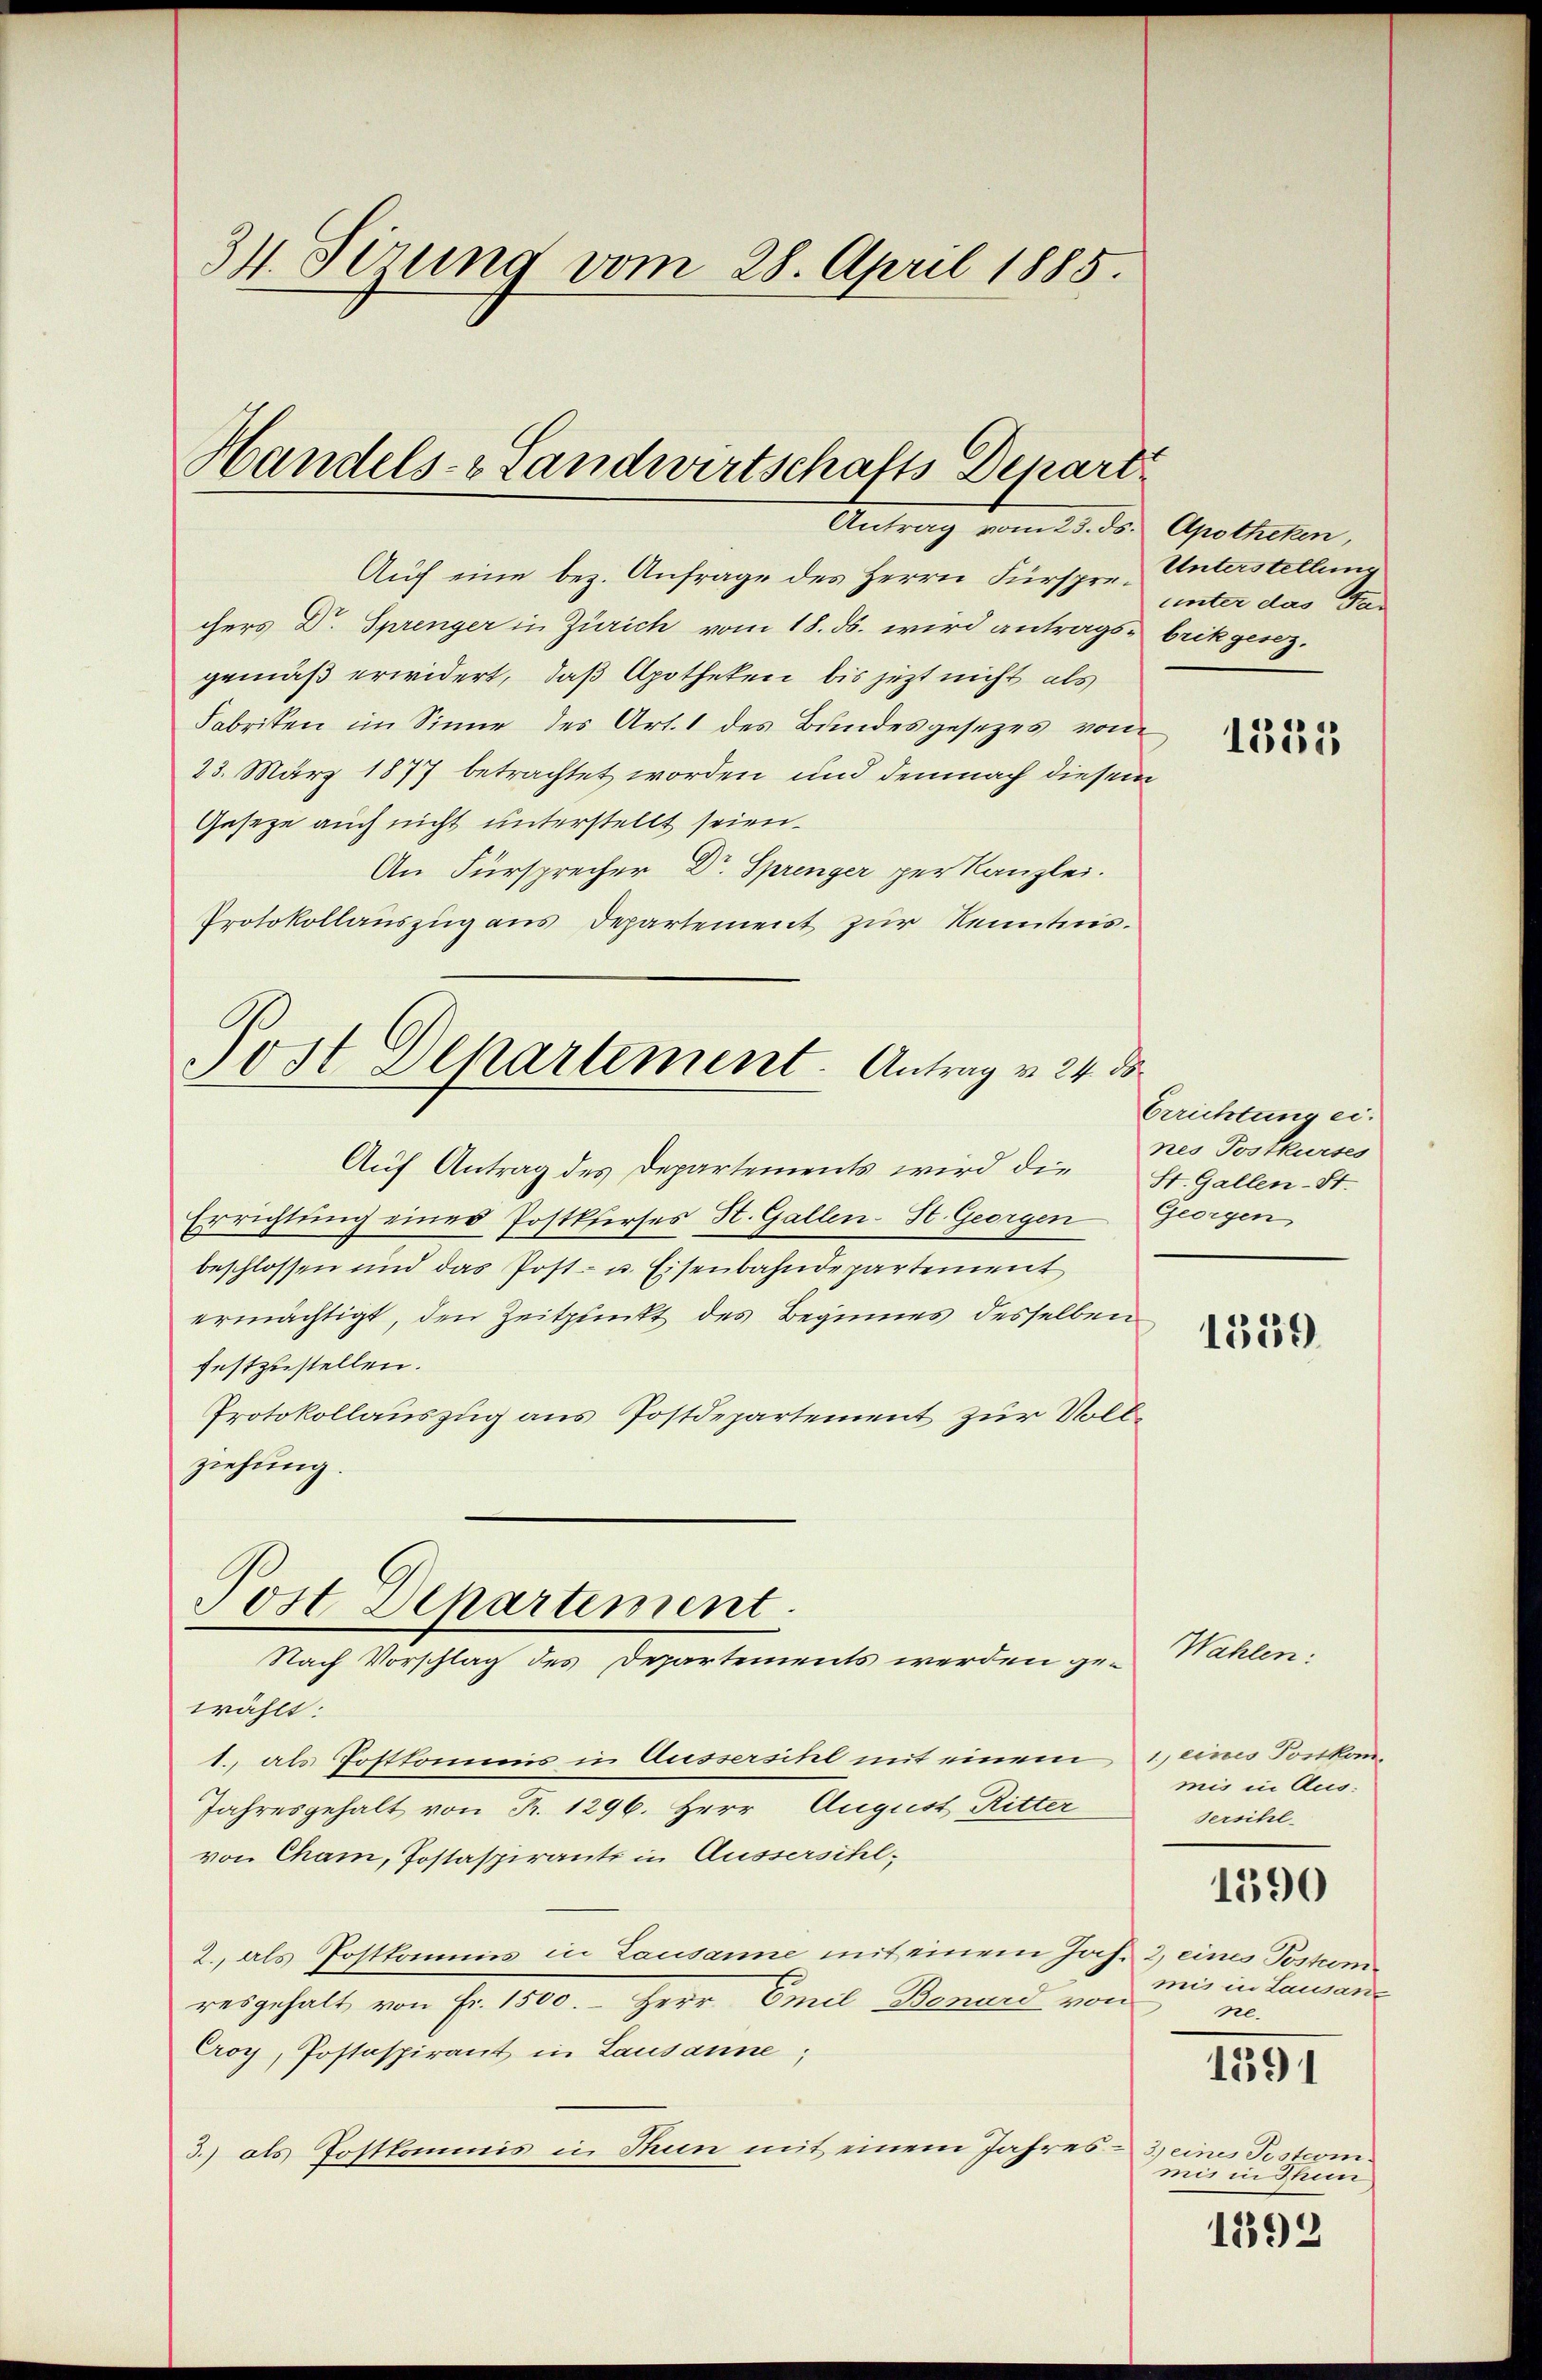
34. Sirung vom 28. April 1885.

Handels- Landwirtschafts Depart
Antrag vom 23. ds. Apotheken,

Auf eine bez. Anfrage des Herrn Fürspre Untersteller
chers Dr. Sprenger in Zürich vom 18. ds. wird antrags- brikgesezgemäß erwidert, daß Apotheken bis jetzt nicht als
Fabriken im Sinne des Art. 1 des Bundesgesezes vom
23. März 1877 betrachtet worden und demnach diesem
Geseze auch nicht unterstellt seien.
An Fürsprecher Dr. Sprenger per Kanzlei.
Protokollauszug aus Departement zur Kenntnis.
Post Departement. Antrag v. 24. ds
Aŭf Antrag des Departements wird die St. Gallen-St.
Errichtung eines Postkurses St. Gallen-St. Georgen
beschlossen und das Post- u. Eisenbahndepartement
ermächtigt, den Zeitpunkt des Beginnes desselben
festzustellen.
Protokollauszug aus Postdepartement zur Vollziehung.

Post Departement.
Nach Vorschlag des Departements werden ge¬

wählt:
1., als Postkommis in Aussersihl mit einem eines Tonkom¬
Jahresgehalt von Fr. 1296. Herr August Ritter
von Cham, Postaspirante in Aussersihl.
2., als Postkommnis in Lausanne mit einem Joh. 2, eines Postomiresgehalt von Fr. 1500. Herr Emil Benund von
Croy, Postaspirant in Lausanne;
3.) als Postkommis in Thun mit einem Jahres-

unter das Ge-

1335

Errichtung eines Tostkurses
Georgen

1359

Wahlen

mis in Aus-
sersihl.

1390

mis in Lausan
ne.

1391

3) eines Testion.
mis in Thun

1892